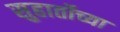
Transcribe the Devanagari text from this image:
सुहार्तोच्या